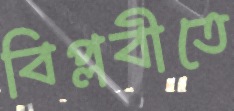
বিপ্লবীতে